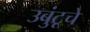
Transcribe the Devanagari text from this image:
उबुंटूचे